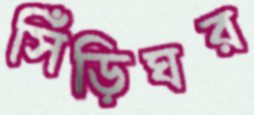
সিঁড়িঘর